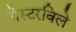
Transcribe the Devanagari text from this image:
चेस्टरविले